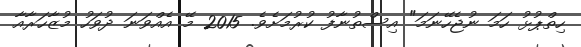
ހިތްޕުޅު ހަމަ ނުޖެހޭނަމަ" އިސްތުނާފު ކުރުމަށެވެ. 2015 މޭ އެއްވަނަ ދުވަހު މުޒާހަރާއާ